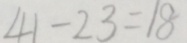
4 1 - 2 3 = 1 8